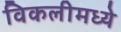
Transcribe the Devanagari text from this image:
विकलीमध्ये